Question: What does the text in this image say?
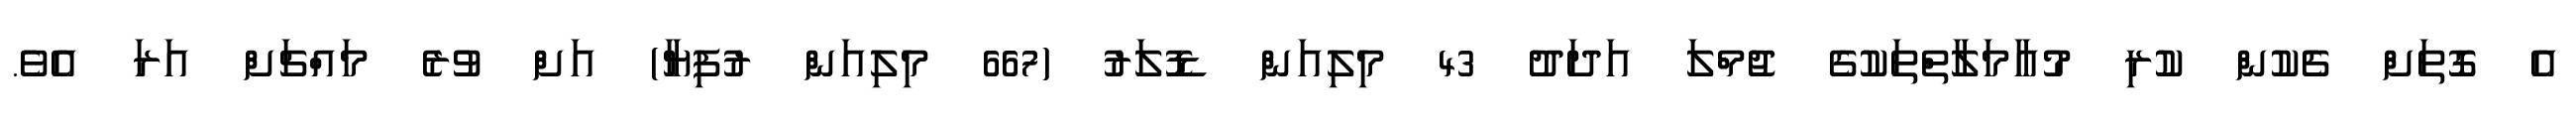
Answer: އެ ގޮތަށް ޗެކުން ކުރި މުއާމަލާތްތަކުގެ ޖުމްލަ އަދަދު 43 މިލިއަން ޑޮލަރު (667 މިލިއަން ރުފިޔާ) އަށް ވުރެ މައްޗަށް އަރަ އެވެ.